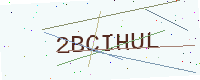
Text: 2BCIHUL